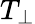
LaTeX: T_{\perp}